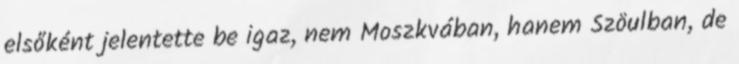
elsőként jelentette be igaz, nem Moszkvában, hanem Szöulban, de